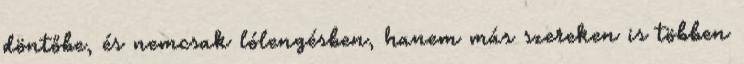
döntőbe, és nemcsak lólengésben, hanem más szereken is többen